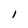
Character: 1